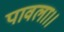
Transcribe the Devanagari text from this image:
पावला।।